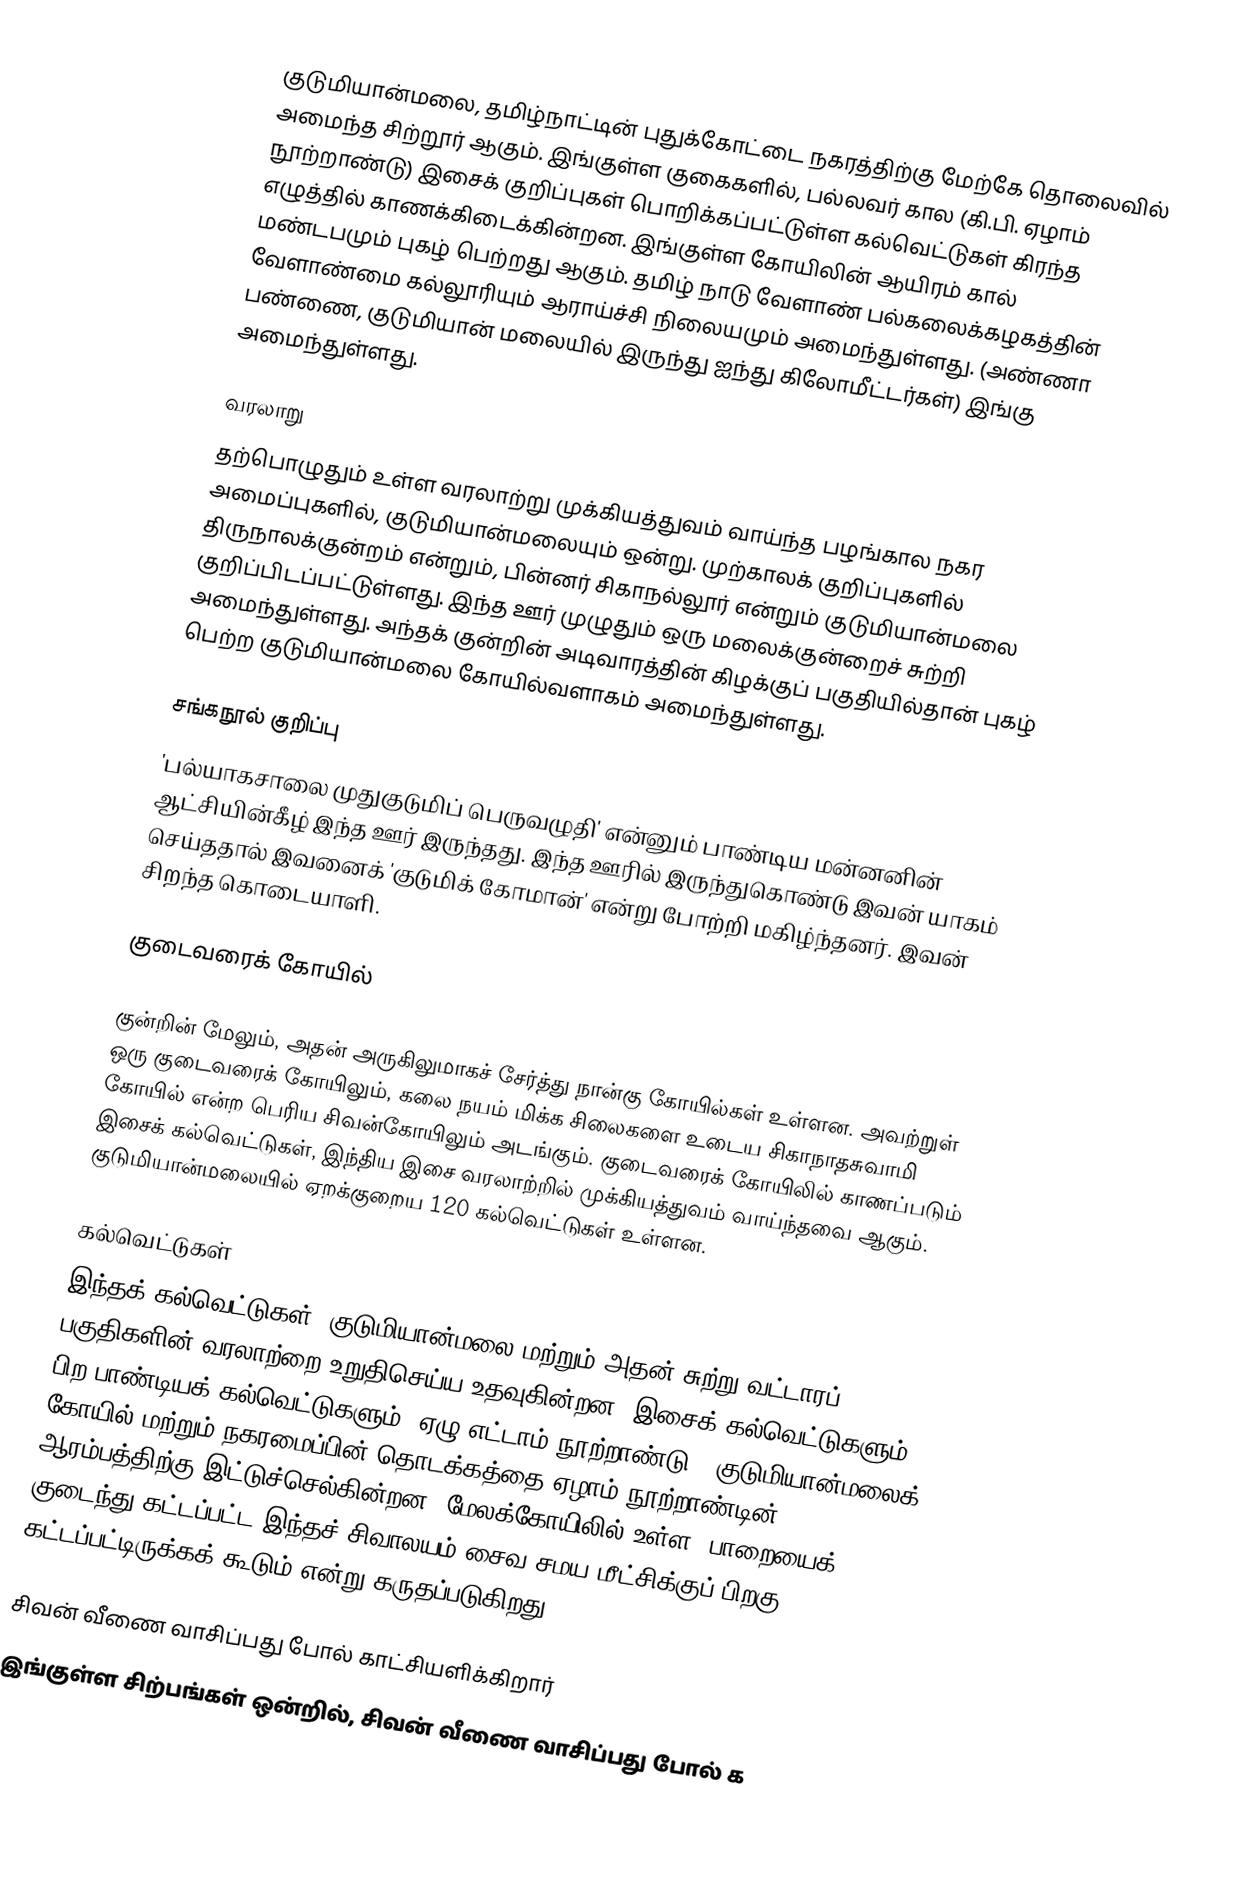
குடுமியான்மலை, தமிழ்நாட்டின் புதுக்கோட்டை நகரத்திற்கு மேற்கே தொலைவில் அமைந்த சிற்றூர் ஆகும். இங்குள்ள குகைகளில், பல்லவர் கால (கி.பி. ஏழாம் நூற்றாண்டு) இசைக் குறிப்புகள் பொறிக்கப்பட்டுள்ள கல்வெட்டுகள் கிரந்த எழுத்தில் காணக்கிடைக்கின்றன. இங்குள்ள கோயிலின் ஆயிரம் கால் மண்டபமும் புகழ் பெற்றது ஆகும். தமிழ் நாடு வேளாண் பல்கலைக்கழகத்தின் வேளாண்மை கல்லூரியும் ஆராய்ச்சி நிலையமும் அமைந்துள்ளது. (அண்ணா பண்ணை, குடுமியான் மலையில் இருந்து ஐந்து கிலோமீட்டர்கள்) இங்கு அமைந்துள்ளது.

வரலாறு
தற்பொழுதும் உள்ள வரலாற்று முக்கியத்துவம் வாய்ந்த பழங்கால நகர அமைப்புகளில், குடுமியான்மலையும் ஒன்று. முற்காலக் குறிப்புகளில் திருநாலக்குன்றம் என்றும், பின்னர் சிகாநல்லூர் என்றும் குடுமியான்மலை குறிப்பிடப்பட்டுள்ளது. இந்த ஊர் முழுதும் ஒரு மலைக்குன்றைச் சுற்றி அமைந்துள்ளது. அந்தக் குன்றின் அடிவாரத்தின் கிழக்குப் பகுதியில்தான் புகழ் பெற்ற குடுமியான்மலை கோயில்வளாகம் அமைந்துள்ளது.

சங்கநூல் குறிப்பு
 'பல்யாகசாலை முதுகுடுமிப் பெருவழுதி' என்னும் பாண்டிய மன்னனின் ஆட்சியின்கீழ் இந்த ஊர் இருந்தது. இந்த ஊரில் இருந்துகொண்டு இவன் யாகம் செய்ததால் இவனைக் 'குடுமிக் கோமான்' என்று போற்றி மகிழ்ந்தனர். இவன் சிறந்த கொடையாளி.

குடைவரைக் கோயில்

குன்றின் மேலும், அதன் அருகிலுமாகச் சேர்த்து நான்கு கோயில்கள் உள்ளன. அவற்றுள் ஒரு குடைவரைக் கோயிலும், கலை நயம் மிக்க சிலைகளை உடைய சிகாநாதசுவாமி கோயில் என்ற பெரிய சிவன்கோயிலும் அடங்கும். குடைவரைக் கோயிலில் காணப்படும் இசைக் கல்வெட்டுகள், இந்திய இசை வரலாற்றில் முக்கியத்துவம் வாய்ந்தவை ஆகும். குடுமியான்மலையில் ஏறக்குறைய 120 கல்வெட்டுகள் உள்ளன.

கல்வெட்டுகள்
இந்தக் கல்வெட்டுகள், குடுமியான்மலை மற்றும் அதன் சுற்று வட்டாரப் பகுதிகளின் வரலாற்றை உறுதிசெய்ய உதவுகின்றன. இசைக் கல்வெட்டுகளும், பிற பாண்டியக் கல்வெட்டுகளும் (ஏழு-எட்டாம் நூற்றாண்டு), குடுமியான்மலைக் கோயில் மற்றும் நகரமைப்பின் தொடக்கத்தை ஏழாம் நூற்றாண்டின் ஆரம்பத்திற்கு இட்டுச்செல்கின்றன. மேலக்கோயிலில் உள்ள, பாறையைக் குடைந்து கட்டப்பட்ட இந்தச் சிவாலயம் சைவ சமய மீட்சிக்குப் பிறகு கட்டப்பட்டிருக்கக் கூடும் என்று கருதப்படுகிறது.

சிவன் வீணை வாசிப்பது போல் காட்சியளிக்கிறார்
இங்குள்ள சிற்பங்கள் ஒன்றில், சிவன் வீணை வாசிப்பது போல் க